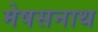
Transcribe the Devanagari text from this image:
मेषसनाथ